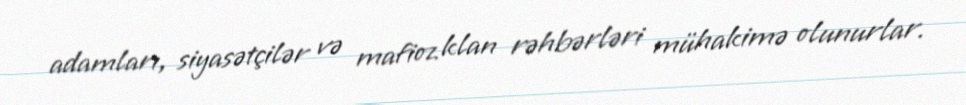
adamları, siyasətçilər və mafioz klan rəhbərləri mühakimə olunurlar.